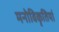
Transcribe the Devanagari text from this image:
मनोविकृतियां